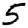
Digit: 5